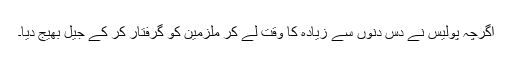
اگرچہ پولیس نے دس دنوں سے زیادہ کا وقت لے کر ملزمین کو گرفتار کر کے جیل بھیج دیا۔